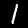
Digit: 1